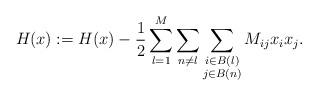
LaTeX: \begin{align*}H_{}(x) & := H(x) - \frac{1}{2} \sum_{l=1}^{M} \sum_{n \neq l} \sum_{\substack{i \in B(l) \\ j \in B(n)}} M_{ij} x_i x_j. \end{align*}